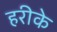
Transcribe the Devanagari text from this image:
हरीके